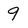
Character: 9